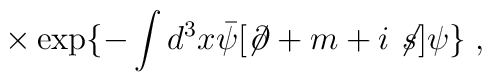
\times \exp\{-\int d^3x {\bar\psi}[\not\!\partial + m + i \not \! s]\psi\} \;,